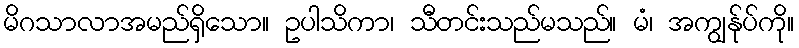
မိဂသာလာအမည်ရှိသော။ ဥပါသိကာ၊ သီတင်းသည်မသည်။ မံ၊ အကျွန်ုပ်ကို။